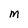
Character: m